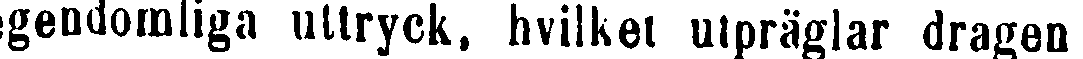
egendomliga uttryck, hvilket utpräglar dragen